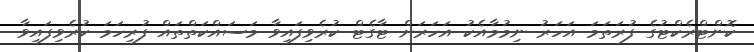
ކޮންޓްރެކްޓުގެ ފުރަތަމަ އަހަރު ނިމުމާއެކު އަހަރަށް ޓާގެޓް ކުރެވިފައިވާ މަސައްކަތްތައް ފުރިހަމަ ކުރެވިފައިވާ